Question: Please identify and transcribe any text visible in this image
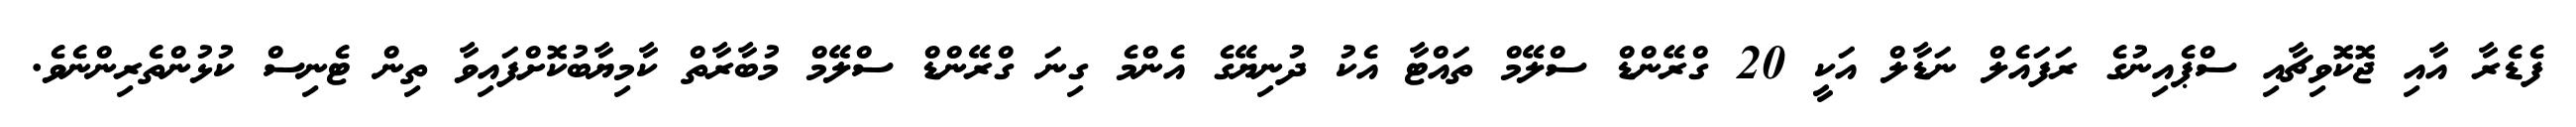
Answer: ފެޑެރާ އާއި ޖޮކޮވިޗާއި ސްޕެއިނުގެ ރަފައެލް ނަޑާލް އަކީ 20 ގްރޭންޑް ސްލޭމް ތައްޓާ އެކު ދުނިޔޭގެ އެންމެ ގިނަ ގްރޭންޑް ސްލޭމް މުބާރާތް ކާމިޔާބުކޮށްފައިވާ ތިން ޓެނިސް ކުޅުންތެރިންނެވެ.